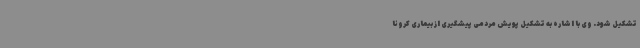
تشکیل شود. وی با اشاره به تشکیل پویش مردمی پیشگیری از بیماری کرونا